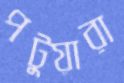
পটুয়ারা